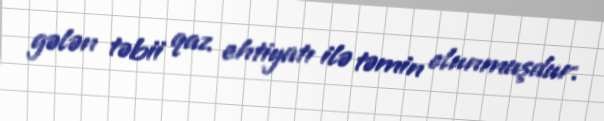
gələn təbii qaz ehtiyatı ilə təmin olunmuşdur.